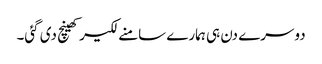
دوسرے دن ہی ہمارے سامنے لکیر کھینچ دی گئی۔